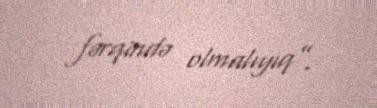
fərqində olmalıyıq”.